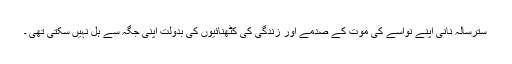
سترسالہ نانی اپنے نواسے کی موت کے صدمے اور زندگی کی کٹھنائیوں کی بدولت اپنی جگہ سے ہل نہیں سکتی تھی ۔